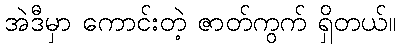
အဲဒီမှာ ကောင်းတဲ့ ဇာတ်ကွက် ရှိတယ်။